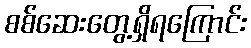
စစ်ဆေးတွေ့ရှိရကြောင်း